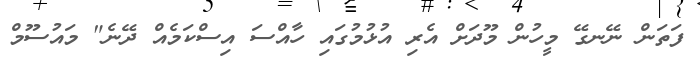
ފަތަން ނޭނގޭ މީހުން މޫދަށް އެރި އުޅުމުގައި ހާއްސަ އިސްކަމެއް ދޭނެ" މައުސޫމް